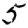
Digit: 5